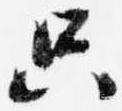
只